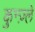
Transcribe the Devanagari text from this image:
कुन्ज़्ले